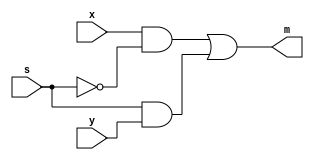
`timescale 1ns / 1ps
//////////////////////////////////////////////////////////////////////////////////
// Company: 
// Engineer: 
// 
// Design Name: 
// Module Name: mux
// Project Name: 
// Target Devices: 
// Tool Versions: 
// Description: 
// 
// Dependencies: 
// 
// Revision:
// Revision 0.01 - File Created
// Additional Comments:
// 
//////////////////////////////////////////////////////////////////////////////////


module mux(
    input x,
    input y,
    input s,
    output m
    );
    wire c,d;
    assign c=x&~s;
    assign d=s&y;
    assign m=c|d;
    
endmodule